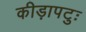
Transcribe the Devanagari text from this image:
कीड़ापटुः